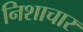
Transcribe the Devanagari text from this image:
निशाचार